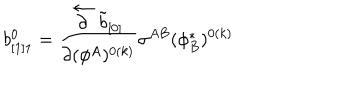
b _ { [ 1 ] 1 } ^ { 0 } = { \frac { \stackrel { \leftarrow } { \partial } \tilde { b } _ { [ 0 ] } } { \partial ( \phi ^ { A } ) ^ { 0 ( k ) } } } \sigma ^ { A B } ( \phi _ { B } ^ { * } ) ^ { 0 ( k ) }